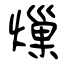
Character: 𤍒